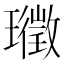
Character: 𭺉